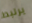
يرتبط